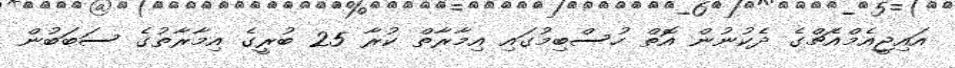
އައިޖީއެމްއެޗްގެ ދެކުނުން އޮތް ހުސްބިމުގައި އިމާރާތް ކުރާ 25 ބުރީގެ އިމާރާތުގެ ސަބަބުން